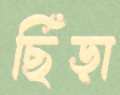
ছিঁড়া